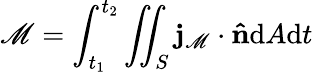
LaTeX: \mathscr{M}=\int_{t_{1}}^{t_{2}}\iint_{S}\mathbf{{j}}_{\mathscr{M}}\cdot\mathbf{{\hat{{n}}}}\mathrm{{{d}}}A\mathrm{{{d}}}t